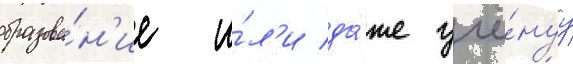
образова́н'ие и́л'и да́же учё́нуу